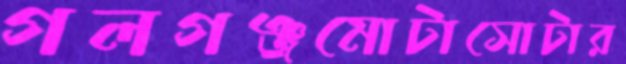
গলগঞ্জমোটাসোটার